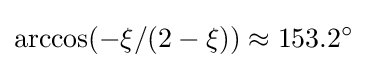
\arccos(-\xi /(2-\xi ))\approx 153.2^{\circ }